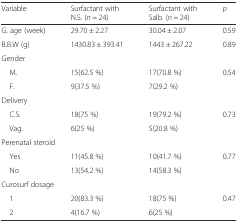
<table><thead><tr><td><b>Variable</b></td><td><b>Surfactant with N.S. (<i>n</i> = 24)</b></td><td><b>Surfactant with Salb. (<i>n</i> = 24)</b></td><td><b><i>p</i></b></td></tr></thead><tbody><tr><td>G. age (week)</td><td>29.70 ± 2.27</td><td>30.04 ± 2.07</td><td>0.59</td></tr><tr><td>B.B.W (g)</td><td>1430.83 ± 393.41</td><td>1443 ± 267.22</td><td>0.89</td></tr><tr><td colspan="4">Gender</td></tr><tr><td> M.</td><td>15(62.5 %)</td><td>17(70.8 %)</td><td rowspan="2">0.54</td></tr><tr><td> F.</td><td>9(37.5 %)</td><td>7(29.2 %)</td></tr><tr><td colspan="4">Delivery</td></tr><tr><td> C.S.</td><td>18(75 %)</td><td>19(79.2 %)</td><td rowspan="2">0.73</td></tr><tr><td> Vag.</td><td>6(25 %)</td><td>5(20.8 %)</td></tr><tr><td colspan="4">Perenatal steroid</td></tr><tr><td> Yes</td><td>11(45.8 %)</td><td>10(41.7 %)</td><td rowspan="2">0.77</td></tr><tr><td> No</td><td>13(54.2 %)</td><td>14(58.3 %)</td></tr><tr><td colspan="4">Curosurf dosage</td></tr><tr><td> 1</td><td>20(83.3 %)</td><td>18(75 %)</td><td rowspan="2">0.47</td></tr><tr><td> 2</td><td>4(16.7 %)</td><td>6(25 %)</td></tr></tbody></table>